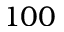
1 0 0